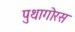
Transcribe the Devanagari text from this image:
पुथागोरस